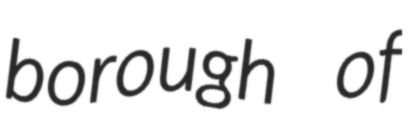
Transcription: borough of